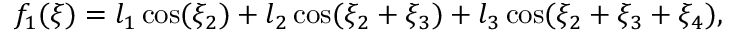
f _ { 1 } ( \xi ) = l _ { 1 } \cos ( \xi _ { 2 } ) + l _ { 2 } \cos ( \xi _ { 2 } + \xi _ { 3 } ) + l _ { 3 } \cos ( \xi _ { 2 } + \xi _ { 3 } + \xi _ { 4 } ) ,